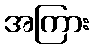
အကြား